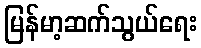
မြန်မာ့ဆက်သွယ်ရေး